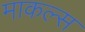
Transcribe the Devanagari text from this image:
माकल्स